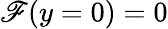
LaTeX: \mathscr{F}(y=0)=0